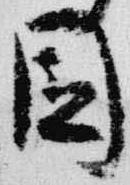
園